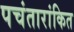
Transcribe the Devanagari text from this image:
पचंतारांकित